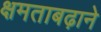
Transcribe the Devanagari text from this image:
क्षमताबढ़ाने